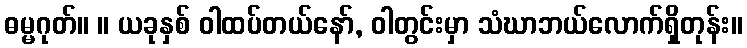
ဓမ္မဂုတ်။ ။ ယခုနှစ် ဝါထပ်တယ်နော်, ဝါတွင်းမှာ သံဃာဘယ်လောက်ရှိတုန်း။